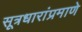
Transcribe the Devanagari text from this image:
सूत्रधारांप्रमाणे